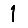
Digit: 1